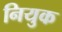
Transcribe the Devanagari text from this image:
नियुक